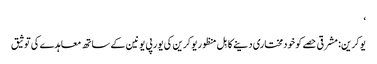
‘
یوکرین: مشرقی حصے کو خودمختاری دینے کا بِل منظور یوکرین کی یورپی یونین کے ساتھ معاہدے کی توثیق